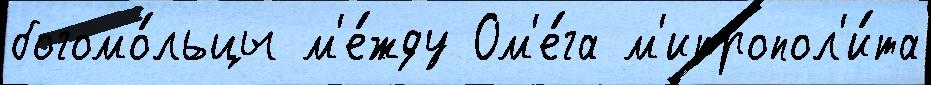
богомо́льцы м'е́жду Ом'е́га м'итропол'и́та